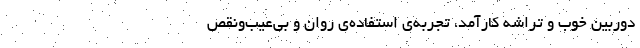
دوربین خوب و تراشه کارآمد، تجربه‌ی استفاده‌ی روان و بی‌عیب‌و‌نقص